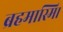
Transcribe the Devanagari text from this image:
ब्रहमास्मि।